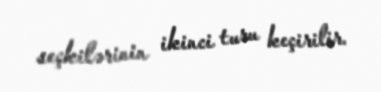
seçkilərinin ikinci turu keçirilir.